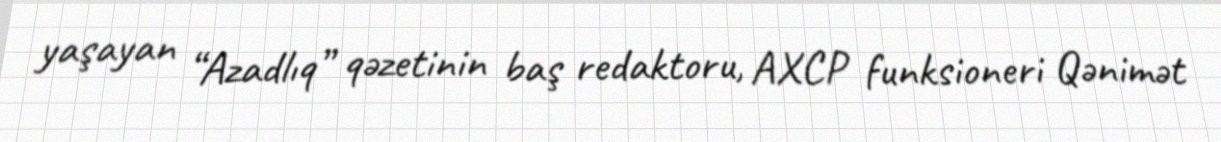
yaşayan “Azadlıq” qəzetinin baş redaktoru, AXCP funksioneri Qənimət